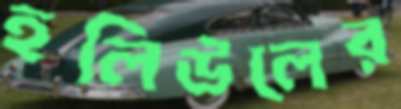
হলিউলের